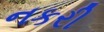
નકરી